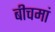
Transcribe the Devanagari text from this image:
बीचमां